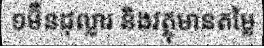
១ម៊ឺនដុល្លារ និងវត្ថុមានតម្លៃ